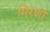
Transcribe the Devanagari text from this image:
मिरणा